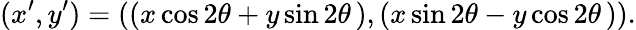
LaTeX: (x^{\prime},y^{\prime})=((x\cos 2\theta+y\sin 2\theta\, ),(x\sin 2\theta-y\cos 2\theta\, )).